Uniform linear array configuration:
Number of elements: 4
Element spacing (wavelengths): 0.75
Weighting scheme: kaiser
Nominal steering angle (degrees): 60
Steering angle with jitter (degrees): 60.177
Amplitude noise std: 0.05
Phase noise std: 0.05

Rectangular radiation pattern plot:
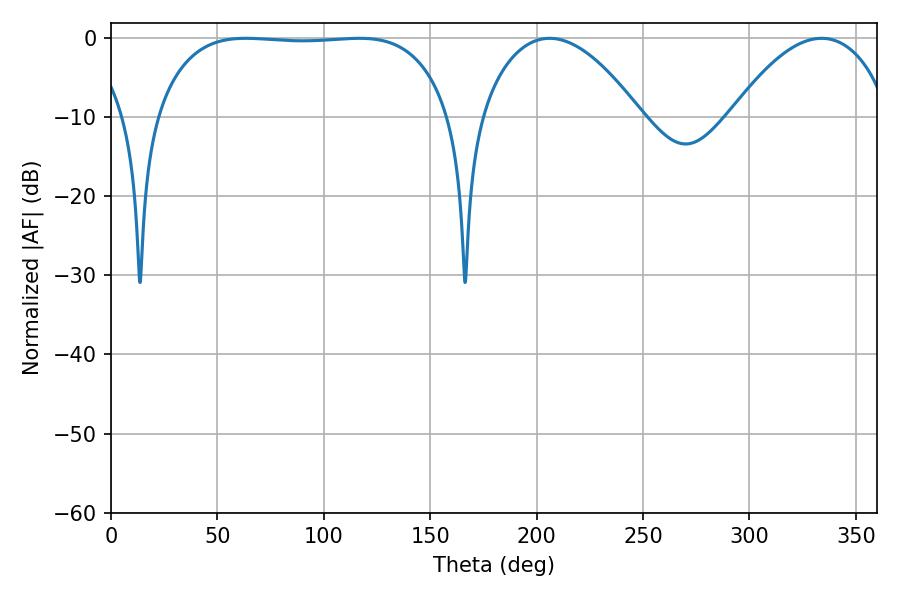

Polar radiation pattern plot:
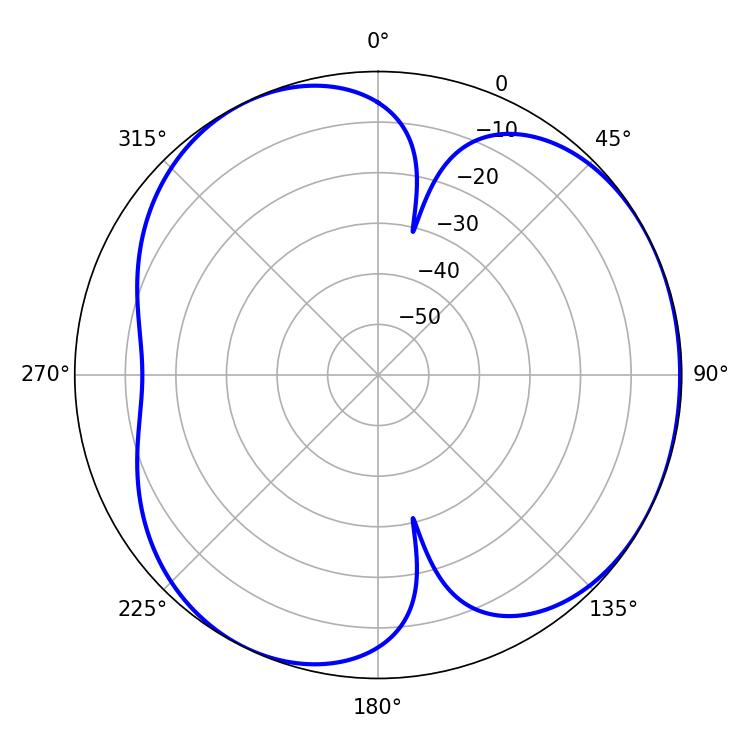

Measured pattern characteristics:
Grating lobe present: TRUE
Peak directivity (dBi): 3.963
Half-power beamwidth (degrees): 41.76
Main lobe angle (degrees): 206.1